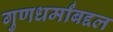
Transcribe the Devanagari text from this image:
गुणधर्मांबद्दल